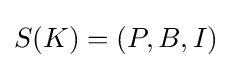
S(K)=(P,B,I)